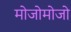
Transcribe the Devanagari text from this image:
मोजोमोजो